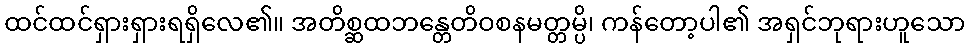
ထင်ထင်ရှားရှားရရှိလေ၏။ အတိစ္ဆထဘန္တေတိဝစနမတ္တမ္ပိ၊ ကန်တော့ပါ၏ အရှင်ဘုရားဟူသော